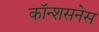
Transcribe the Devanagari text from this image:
कॉन्शसनेस